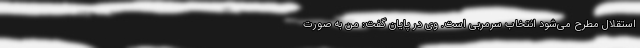
استقلال مطرح می‌شود انتخاب سرمربی است. وی در پایان گفت: من به صورت